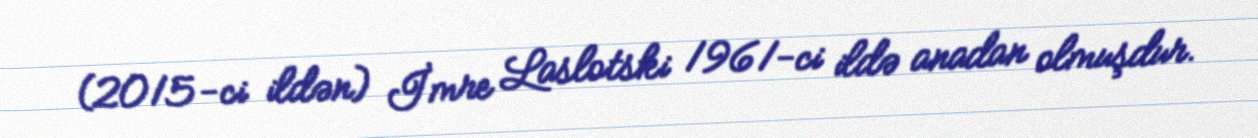
(2015-ci ildən) İmre Laslotski 1961-ci ildə anadan olmuşdur.